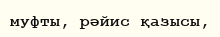
муфты, рәйис қазысы,